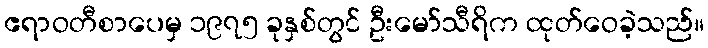
ဧရာဝတီစာပေမှ ၁၉၇၅ ခုနှစ်တွင် ဦးမော်သီရိက ထုတ်ဝေခဲ့သည်။